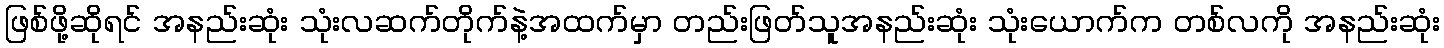
ဖြစ်ဖို့ဆိုရင် အနည်းဆုံး သုံးလဆက်တိုက်နဲ့အထက်မှာ တည်းဖြတ်သူအနည်းဆုံး သုံးယောက်က တစ်လကို အနည်းဆုံး